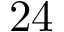
\mathrm { 2 4 }